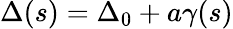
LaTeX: \Delta(s)=\Delta_{0}+a\gamma(s)